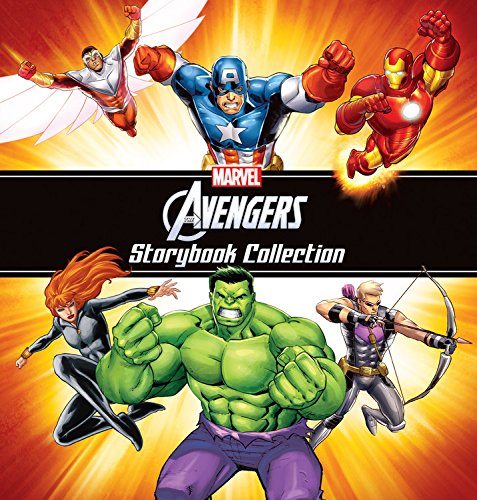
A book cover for The Avengers Storybook Collection; Marvel Book Group; Children's Books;